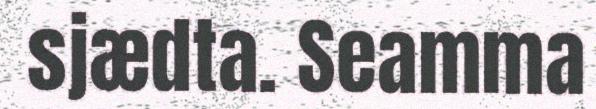
sjædta. Seamma